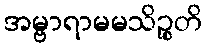
အမ္ဗာရာမမသိဉ္စတိ